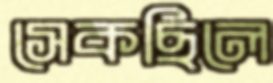
সেকছিলে